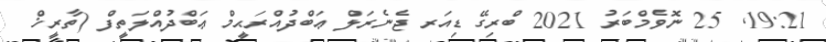
19:21